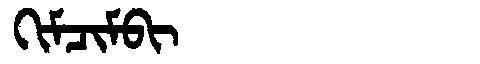
Manchu: ᡴᡳᠮᠴᡳᠮᠪᡳ
Romanization: KIMCIMBI